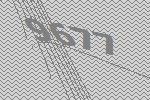
9677